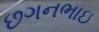
છગનભાઇ